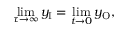
\operatorname* { l i m } _ { \tau \rightarrow \infty } y _ { \mathrm { I } } = \operatorname* { l i m } _ { t \to 0 } y _ { \mathrm { O } } ,